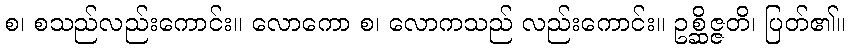
စ၊ စသည်လည်းကောင်း။ လောကော စ၊ လောကသည် လည်းကောင်း။ ဥစ္ဆိဇ္ဇတိ၊ ပြတ်၏။